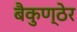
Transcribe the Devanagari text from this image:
बैकुण्ठेर